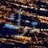
ترك